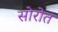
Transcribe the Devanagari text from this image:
सोरोत